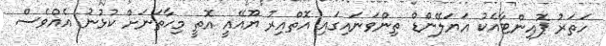
ހަތަރު ޕޮއިންޓާއެކު އަޔަލޭންޑް ތިންވަނައިގައި އޮތްއިރު ޔޫއޭއީ އޮތީ މިހާތަނަށް ކުޅުނު އެއްވެސް